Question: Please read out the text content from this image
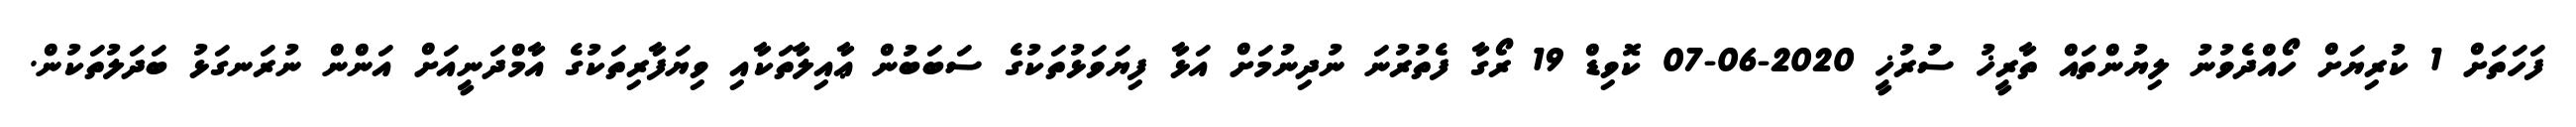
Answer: ފަހަތަށް 1 ކުރިޔަށް ހޯއްދެވުނު ލިޔުންތައް ތާރީޚު ސުރުޚީ 2020-06-07 ކޮވިޑް 19 ރޯގާ ފެތުރުނަ ނުދިނުމަށް އަޅާ ފިޔަވަޅުތަކުގެ ސަބަބުން ޢާއިލާތަކާއި ވިޔަފާރިތަކުގެ އާމްދަނީއަށް އަންން ނުރަނގަޅު ބަދަލުތަކުން.